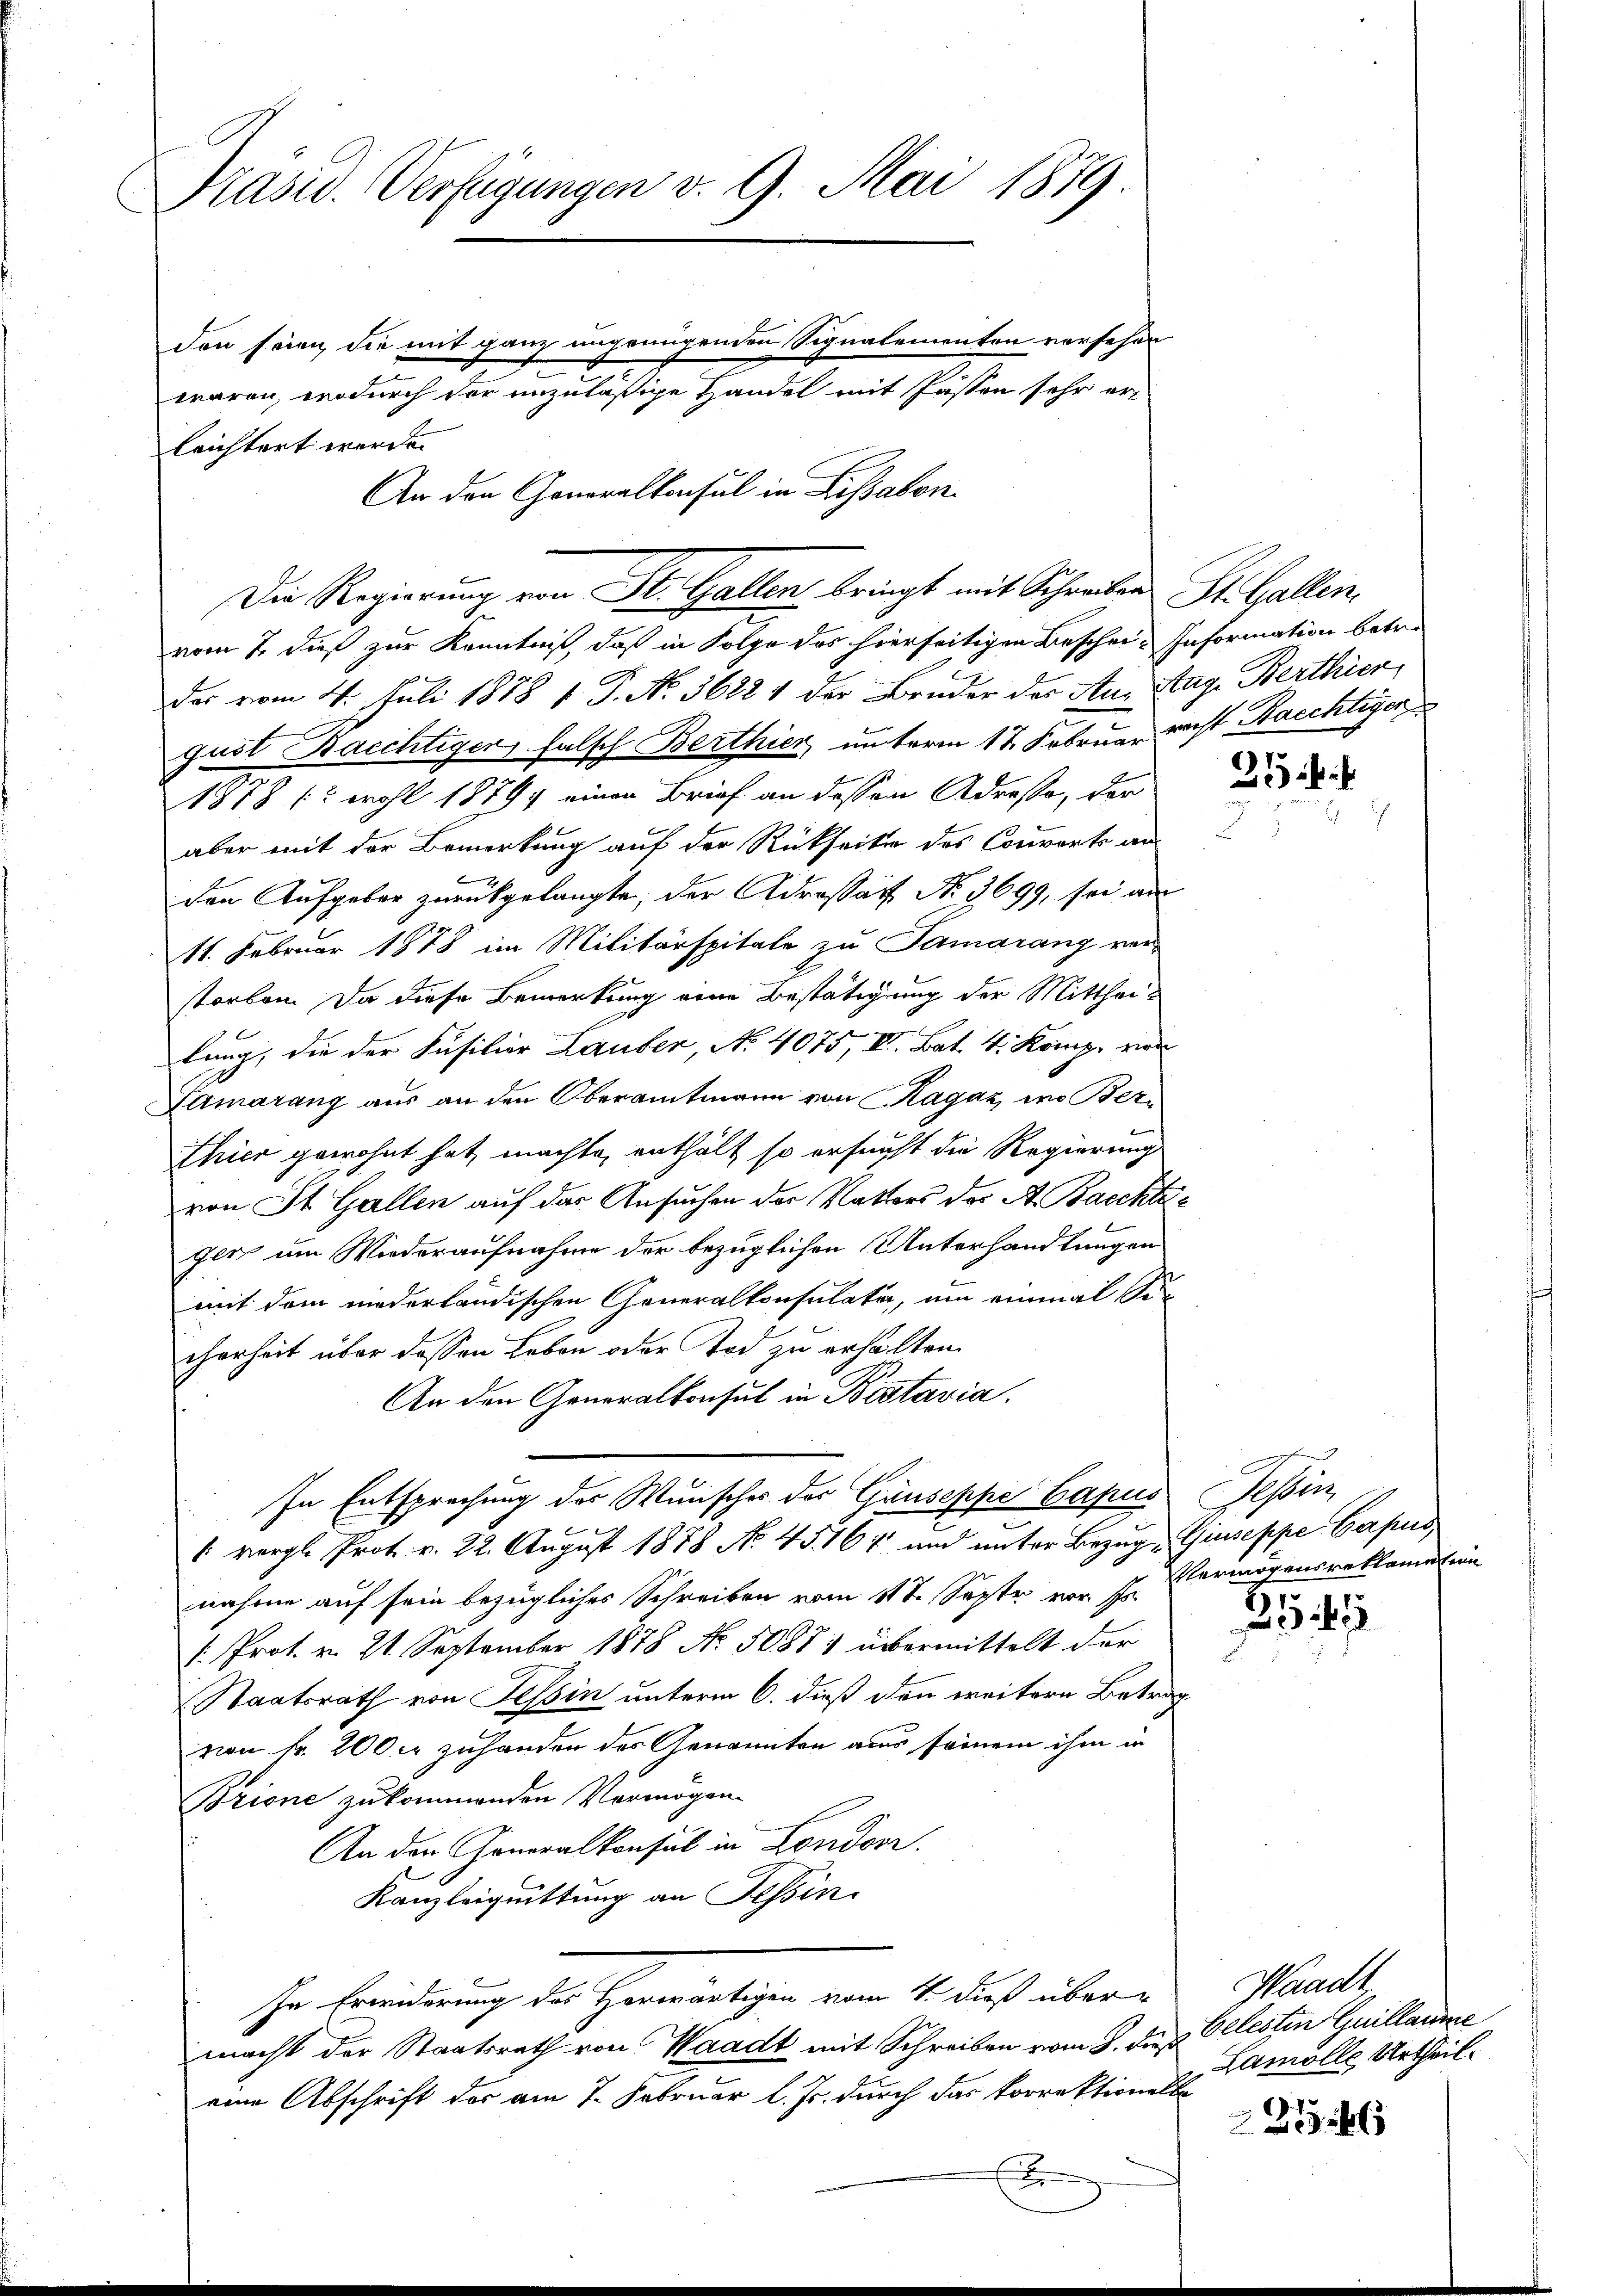
Präsid. Verfügungen v. 9. Mai 1879

leichtert werde.
s
vom 7. dieß zur Kenntniß, daß in Folge des hierseitigen Beschei- Information betre
des vom 4. Juli 1878 f. P. Nr. 3688 1 der Bruder der Au. Mag. Berthier
gust Baichtiger falsch Berthier, unterm 17. Februar recht Raechtiger
1878 (2 wohl 18794 einen Brief an dessen Adresso, der
aber mit der Bemerkung auf der Rückseite des Corrorts an
x
den Aufgeben zurückgelangte, der Adrossatz No. 3699, sei aus
11. Februar 1878 im Militärspitale zu Samarang ver-
storben. Da diese Bemerkung eine Bestätigung der Mittheilung, die der Füsilier Lauber, No 4075, VV. Bat. 4. Komp. von
Tamarang aus an den Oberamtmann von Ragaz, wo Ber¬
Thier gewohnt hat, machte, enthält so ersucht die Regierung
von St. Gallen auf das Ansuchen der Ratters der A. Bacchtgen um Wiederaufnahme der bezüglichen Unterhandlungen
mit dem niederländischen Generalkonsulater, um einmal Sie
cherheit über dessen Leben oder Tod zu erhälten.
An den Generalkonsul in Bistavia.
In Entsprechung der Wunscher der Gänseppe Capus
 vergl. Prot. v. 22. August 1888 No. 45164 und unter Bezug Giuseppe Capus
nahme auf sein bezügliches Schreiben vom 11te Septe vor. sp. Vermögens reklamation
/: Prot. v. 21. September 1878 No. 5088) übermittelt der
Staatsrath von Tessin unterm 6. dieß den weitern Betrag
von Fr. 200 fr zuhanden des Genannten aus seinem ihm in
Brione zukommenden Vermögen.
An den Generalkonsul in London.
Kanzleiquittung an Tessin.
Ihr Erwiderung der Herwärtigen vom 4. dieß über Waadt,
macht der Staatsrath von Waadt mit Schreiben vom 8. dieß
eine Abschrift der am 7. Februar l. Js. durch das korrektionelle

den seien, die mit ganz ungenügenden Signalementen versehen
waren, wodurch der unzuläßige Handel mit Passon sehr er¬
An den Generalkonsul in Lissabon

Die Regierung von St. Gallen bringt mit Schreiben St. Gallen,

d

25 f. 4

hle

belesten Guillaume
Lamolle Urtheil.

2146